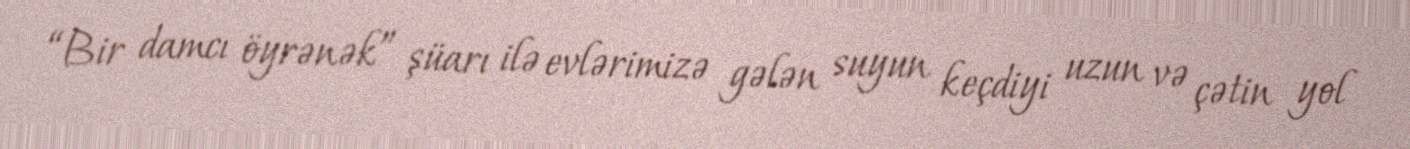
“Bir damcı öyrənək” şüarı ilə evlərimizə gələn suyun keçdiyi uzun və çətin yol